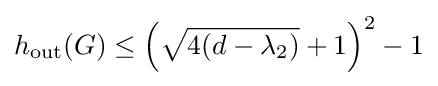
h_{\text{out}}(G)\leq \left({\sqrt {4(d-\lambda _{2})}}+1\right)^{2}-1